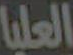
العليا